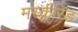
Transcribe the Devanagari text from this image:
मस्कीरेड